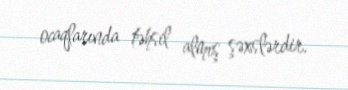
ocaqlarında təhsil almış şəxslərdir.